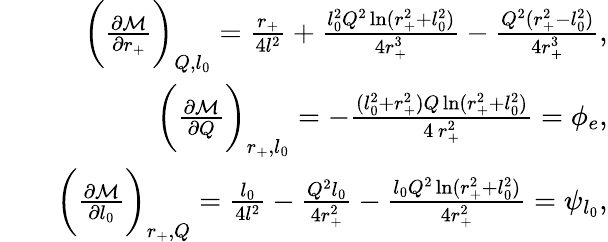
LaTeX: \begin{array}{rlr}&{}&{\bigg(\frac{\partial\mathcal{M}}{\partial r_{+}}\bigg)_{Q,l_{0}}=\frac{r_{+}}{4l^{2}}+\frac{l_{0}^{2}Q^{2}\ln(r_{+}^{2}+l_{0}^{2})}{4r_{+}^{3}}-\frac{Q^{2}(r_{+}^{2}-l_{0}^{2})}{4r_{+}^{3}},}\\ &{}&{\bigg(\frac{\partial\mathcal{M}}{\partial Q}\bigg)_{r_{+},l_{0}}=-\frac{(l_{0}^{2}+r_{+}^{2})Q\ln(r_{+}^{2}+l_{0}^{2})}{4\, r_{+}^{2}}=\phi_{e},}\\ &{}&{\bigg(\frac{\partial\mathcal{M}}{\partial l_{0}}\bigg)_{r_{+},Q}=\frac{l_{0}}{4l^{2}}-\frac{Q^{2}l_{0}}{4r_{+}^{2}}-\frac{l_{0}Q^{2}\ln(r_{+}^{2}+l_{0}^{2})}{4r_{+}^{2}}=\psi_{l_{0}},}\end{array}